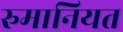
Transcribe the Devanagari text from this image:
रुमानियत